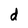
Character: d